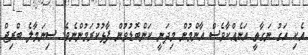
އެކި އަގު ނަގާތީ އަނެއްކާވެސް އާންމުން މިދަނީ ކަންބޮޑުވުން ފާޅުކުރަމުންނެވެ. ސިނަމާލެ ބްރިޖް